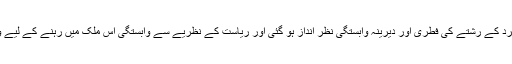
یوں زمین کے ساتھ فرد کے رشتے کی فطری اور دیرینہ وابستگی نظر انداز ہو گئی اور ریاست کے نظریے سے وابستگی اس ملک میں رہنے کے لیے واحد معیار قرار پائی۔